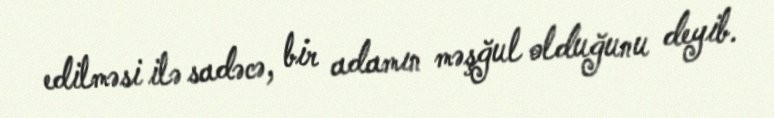
edilməsi ilə sadəcə, bir adamın məşğul olduğunu deyib.